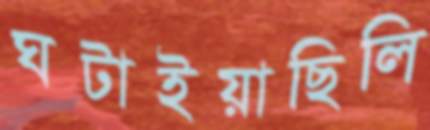
ঘটাইয়াছিলি